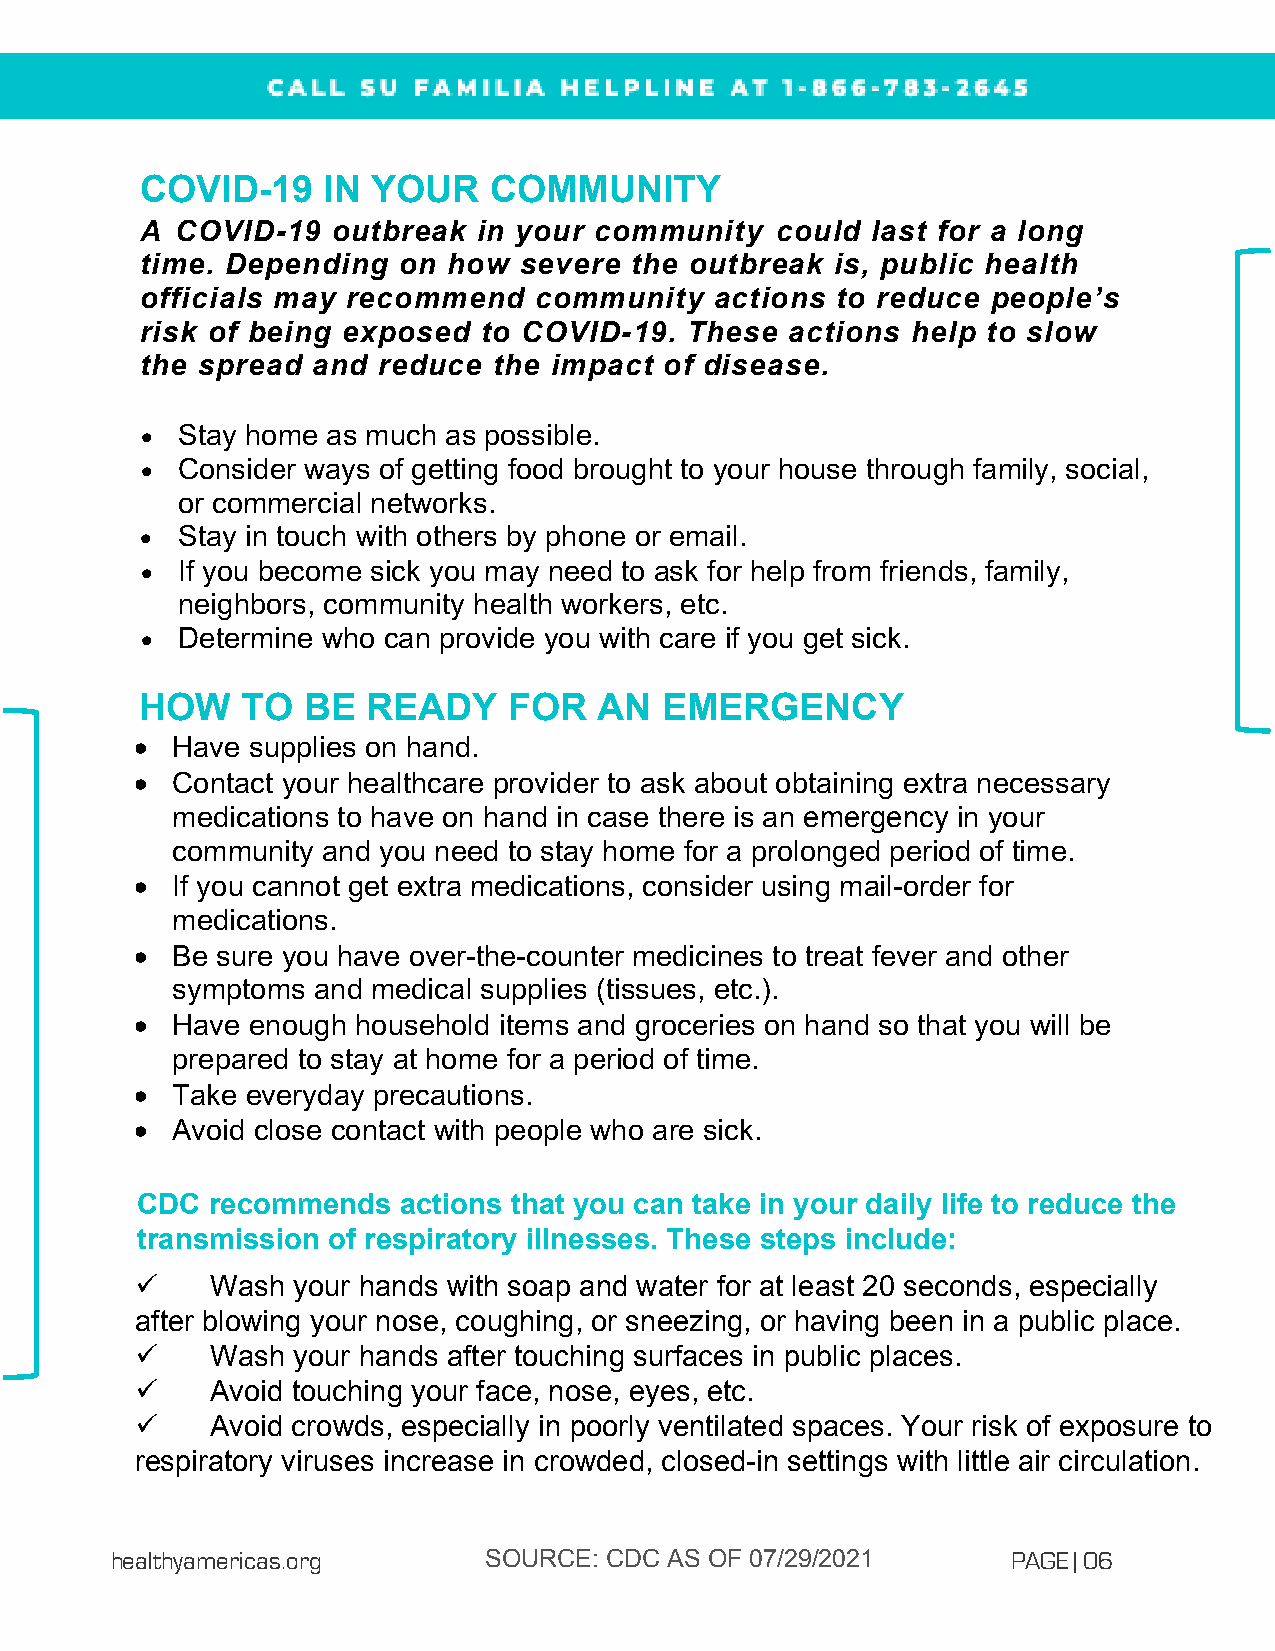
COVID-19    IN  YOUR   COMMUNITY
 A  COVID-19  outbreak  in your community  could  last for a long
 time. Depending  on  how severe  the outbreak is, public health
 officials may recommend   community   actions to reduce  people’s
 risk of being exposed  to COVID-19. These  actions help to slow
 the spread  and reduce  the impact of disease.
 •  Stay home as much as possible.
 •  Consider ways of getting food brought to your house through family, social,
 or commercial networks.
 •  Stay in touch with others by phone or email.
 •  If you become sick you may need to ask for help from friends, family,
 neighbors, community health workers, etc.
 •  Determine who can provide you with care if you get sick.
 HOW    TO  BE  READY     FOR   AN  EMERGENCY
 • Have supplies on hand.
 • Contact your healthcare provider to ask about obtaining extra necessary
 medications to have on hand in case there is an emergency in your
 community and you need to stay home for a prolonged period of time.
 • If you cannot get extra medications, consider using mail-order for
 medications.
 • Be sure you have over-the-counter medicines to treat fever and other
 symptoms  and medical supplies (tissues, etc.).
 • Have enough  household items and groceries on hand so that you will be
 prepared to stay at home for a period of time.
 • Take everyday precautions.
 • Avoid close contact with people who are sick.
 CDC  recommends  actions that you can take in your daily life to reduce the
 transmission of respiratory illnesses. These steps include:
     Wash your hands with soap and water for at least 20 seconds, especially
 after blowing your nose, coughing, or sneezing, or having been in a public place.
     Wash your hands after touching surfaces in public places.
     Avoid touching your face, nose, eyes, etc.
     Avoid crowds, especially in poorly ventilated spaces. Your risk of exposure to
 respiratory viruses increase in crowded, closed-in settings with little air circulation.
 healthyamericas.org      SOURCE: CDC AS OF 07/29/2021       PAGE | 06